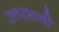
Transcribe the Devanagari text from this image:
उत्तरभावी